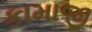
કામાજી